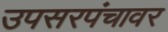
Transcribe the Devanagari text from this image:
उपसरपंचावर